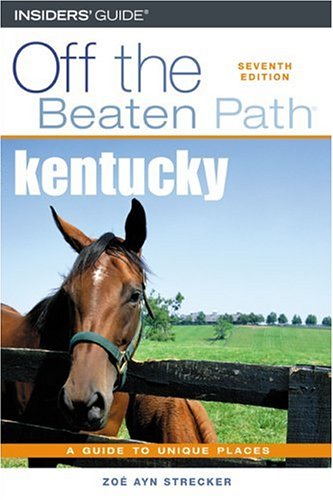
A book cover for Kentucky Off the Beaten Path, 7th (Off the Beaten Path Series); Zoe Ayn Strecker; Travel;